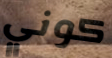
كوني